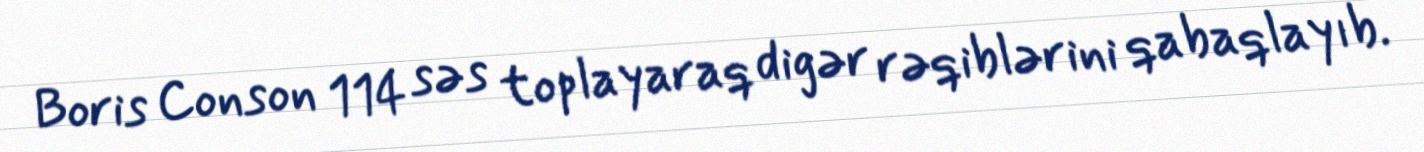
Boris Conson 114 səs toplayaraq digər rəqiblərini qabaqlayıb.